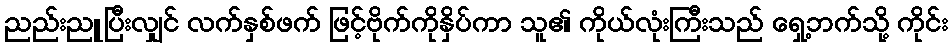
ညည်းညူပြီးလျှင် လက်နှစ်ဖက် ဖြင့်ဗိုက်ကိုနှိပ်ကာ သူ၏ ကိုယ်လုံးကြီးသည် ရှေ့ဘက်သို့ ကိုင်း